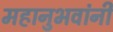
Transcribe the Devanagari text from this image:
महानुभवांनी